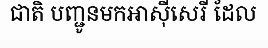
ជាតិ បញ្ជូនមកអាស៊ីសេរី ដែល